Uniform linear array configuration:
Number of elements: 12
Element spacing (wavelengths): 0.25
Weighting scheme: hann
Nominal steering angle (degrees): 30
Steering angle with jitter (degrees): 30.224
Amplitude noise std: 0.05
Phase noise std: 0.05

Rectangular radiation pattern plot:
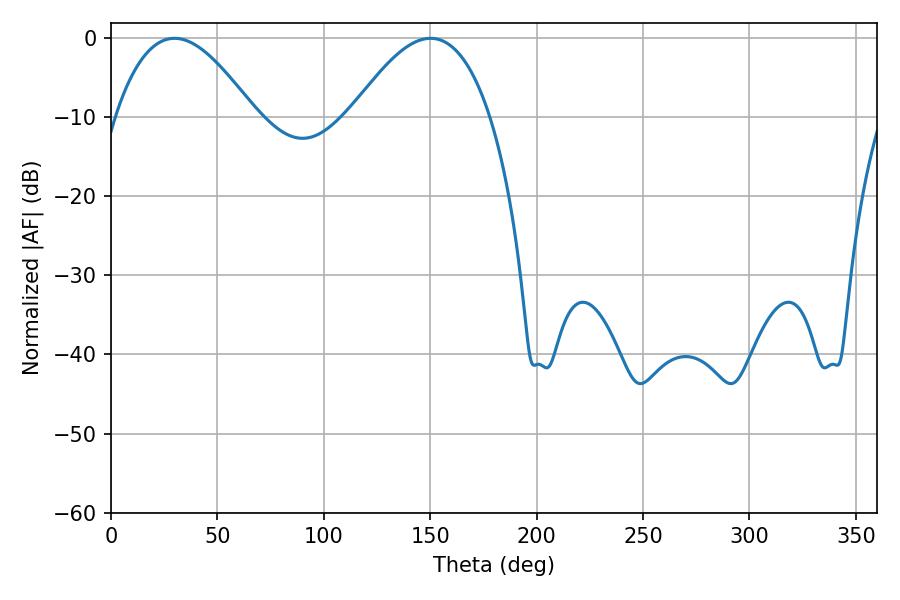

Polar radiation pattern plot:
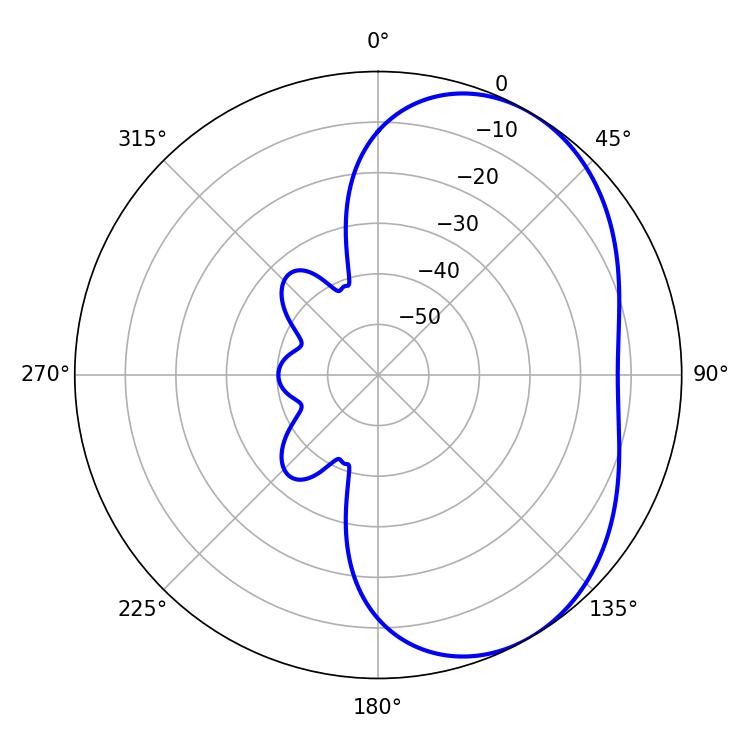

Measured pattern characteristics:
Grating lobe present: FALSE
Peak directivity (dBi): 4.296
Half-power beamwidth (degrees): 35.64
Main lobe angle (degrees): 29.88